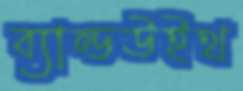
ব্যান্ডউইথ